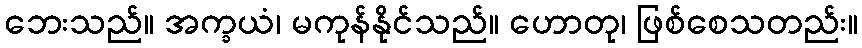
ဘေးသည်။ အက္ခယံ၊ မကုန်နိုင်သည်။ ဟောတု၊ ဖြစ်စေသတည်း။